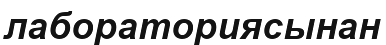
лабораториясынан